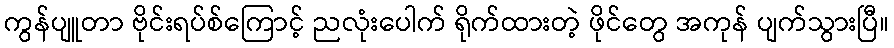
ကွန်ပျူတာ ဗိုင်းရပ်စ်ကြောင့် ညလုံးပေါက် ရိုက်ထားတဲ့ ဖိုင်တွေ အကုန် ပျက်သွားပြီ။